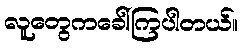
လူတွေကခေါ်ကြပါတယ်။